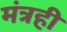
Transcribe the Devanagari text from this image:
मंत्रही